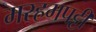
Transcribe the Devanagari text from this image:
मरहमपट्टी